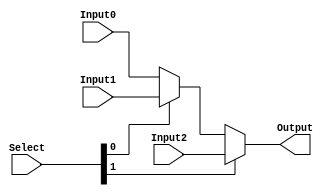
`timescale 1ns / 1ps
//////////////////////////////////////////////////////////////////////////////////
// Company: 
// Engineer: 
// 
// Design Name: 
// Module Name:    Mux_3to1_32bits 
// Project Name: 
// Target Devices: 
// Tool versions: 
// Description: 
//
// Dependencies: 
//
// Revision: 
// Revision 0.01 - File Created
// Additional Comments: 
//
//////////////////////////////////////////////////////////////////////////////////
module Mux_3to1_32bits(
    input [31:0] Input0,
    input [31:0] Input1,
    input [31:0] Input2,
    input [1:0] Select,
    output [31:0] Output
    );
    assign Output = ( Select[1] == 1'b1 ) ? ( Input2 ) : ((Select[0] == 1'b1)?Input1:Input0);
endmodule